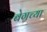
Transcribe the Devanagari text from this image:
बेगच्या